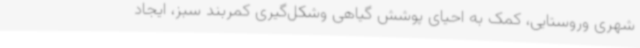
شهری وروستایی، کمک به احیای پوشش گیاهی وشکل‌گیری کمربند سبز، ایجاد